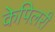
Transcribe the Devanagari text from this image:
केपिलरी